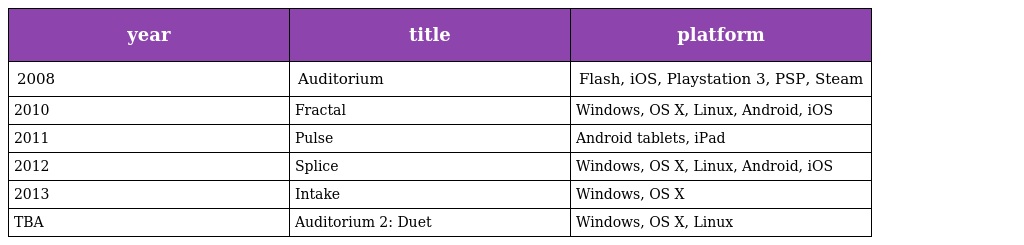
| year | title | platform |
 | --- | --- | --- |
 | 2008 | Auditorium | Flash, iOS, Playstation 3, PSP, Steam |
 | 2010 | Fractal | Windows, OS X, Linux, Android, iOS |
 | 2011 | Pulse | Android tablets, iPad |
 | 2012 | Splice | Windows, OS X, Linux, Android, iOS |
 | 2013 | Intake | Windows, OS X |
 | TBA | Auditorium 2: Duet | Windows, OS X, Linux |